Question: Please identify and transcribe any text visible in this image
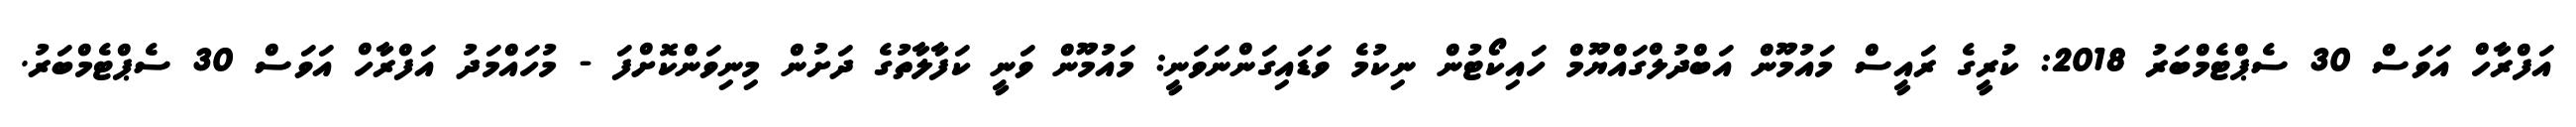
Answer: އަފްރާހް އަވަސް 30 ސެޕްޓެމްބަރު 2018: ކުރީގެ ރައީސް މައުމޫން އަބްދުލްގައްޔޫމް ހައިކޯޓުން ނިކުމެ ވަޑައިގަންނަވަނީ: މައުމޫން ވަނީ ކަފާލާތުގެ ދަށުން މިނިވަންކޮށްފަ - މުހައްމަދު އަފްރާހް އަވަސް 30 ސެޕްޓެމްބަރު.